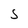
Character: S